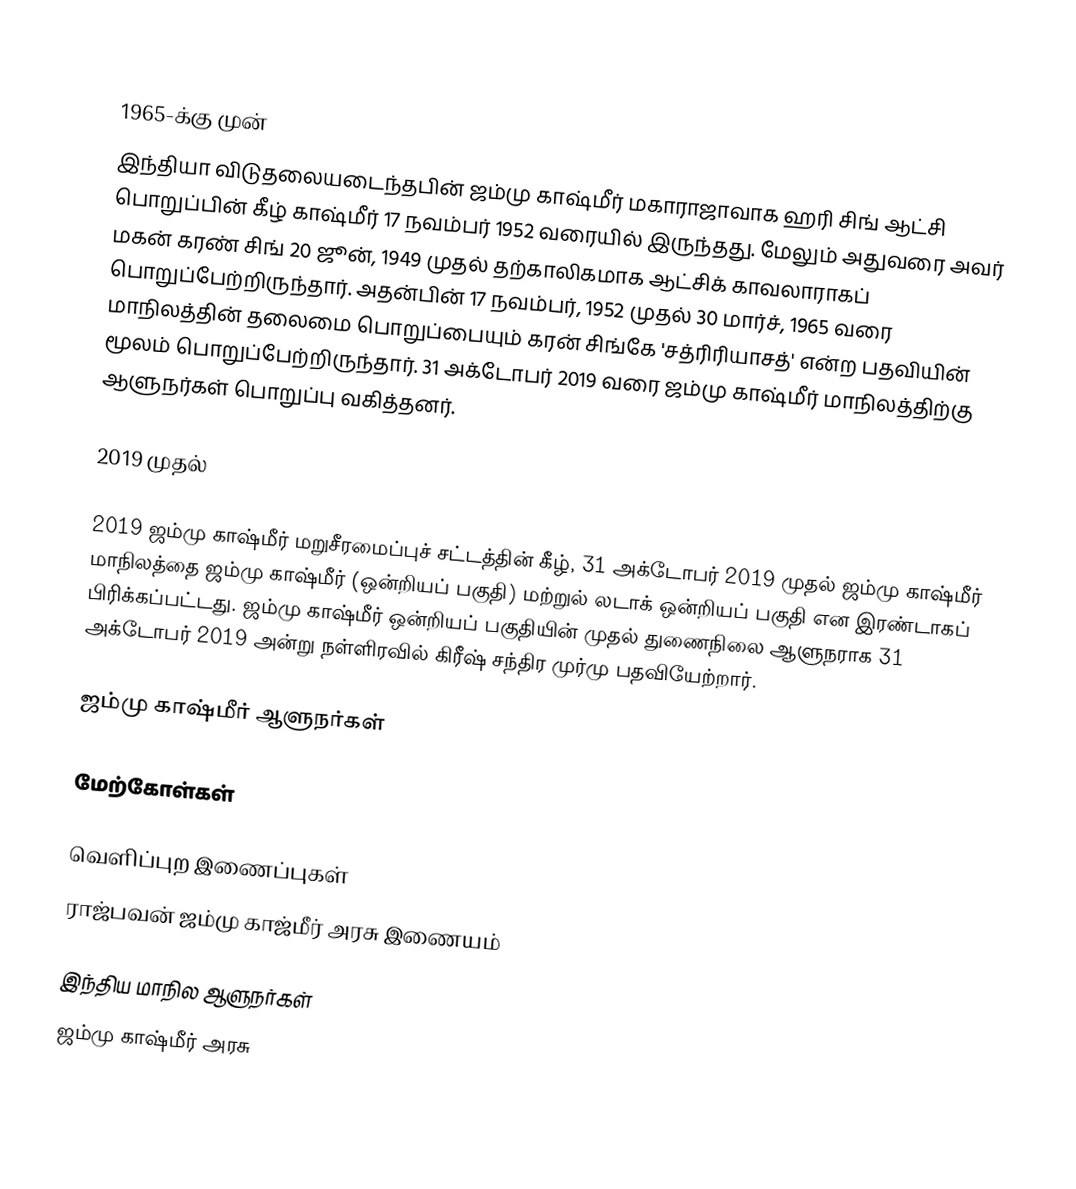

1965-க்கு முன்
இந்தியா விடுதலையடைந்தபின் ஜம்மு காஷ்மீர் மகாராஜாவாக ஹரி சிங் ஆட்சி பொறுப்பின் கீழ் காஷ்மீர் 17 நவம்பர் 1952 வரையில் இருந்தது. மேலும் அதுவரை அவர் மகன் கரண் சிங் 20 ஜூன், 1949 முதல் தற்காலிகமாக  ஆட்சிக் காவலாராகப் பொறுப்பேற்றிருந்தார். அதன்பின் 17 நவம்பர், 1952 முதல் 30 மார்ச், 1965 வரை மாநிலத்தின் தலைமை பொறுப்பையும் கரன் சிங்கே 'சத்ரிரியாசத்' என்ற பதவியின் மூலம் பொறுப்பேற்றிருந்தார். 31 அக்டோபர் 2019 வரை ஜம்மு காஷ்மீர் மாநிலத்திற்கு ஆளுநர்கள் பொறுப்பு வகித்தனர்.

2019 முதல்

2019 ஜம்மு காஷ்மீர் மறுசீரமைப்புச் சட்டத்தின் கீழ், 31 அக்டோபர் 2019 முதல் ஜம்மு காஷ்மீர் மாநிலத்தை ஜம்மு காஷ்மீர் (ஒன்றியப் பகுதி) மற்றுல் லடாக் ஒன்றியப் பகுதி என இரண்டாகப் பிரிக்கப்பட்டது. ஜம்மு காஷ்மீர் ஒன்றியப் பகுதியின் முதல் துணைநிலை ஆளுநராக 31 அக்டோபர் 2019 அன்று நள்ளிரவில் கிரீஷ் சந்திர முர்மு பதவியேற்றார்.

ஜம்மு காஷ்மீர் ஆளுநர்கள்

மேற்கோள்கள்

வெளிப்புற இணைப்புகள்
 ராஜ்பவன் ஜம்மு காஜ்மீர் அரசு இணையம்

இந்திய மாநில ஆளுநர்கள்
ஜம்மு காஷ்மீர் அரசு